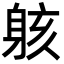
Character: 䠹